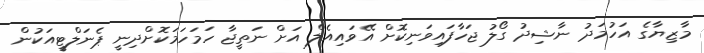
މާޒިޔާގެ އަހުމަދު ނާޝިދު ގޯލު ޖަހާފައިވަނިކޮށް އޭވައިއެލް އަށް ނަތީޖާ ހަމަހަމަކޮށްދިނީ ޕެނަލްޓީއަކުން